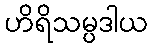
ဟိရိသမ္ပဒါယ